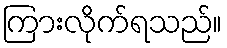
ကြားလိုက်ရသည်။